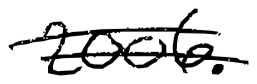
Text: 2006.
Cross-out: mix
Writing tool: digital_black